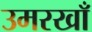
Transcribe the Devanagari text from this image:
उमरखाँ